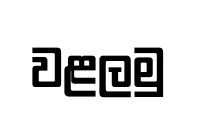
වළලමු